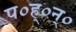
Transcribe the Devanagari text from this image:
प०ह्०न्०